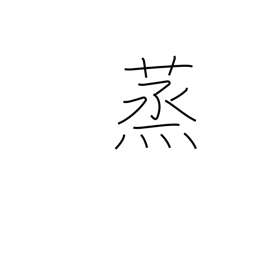
Meaning: foment